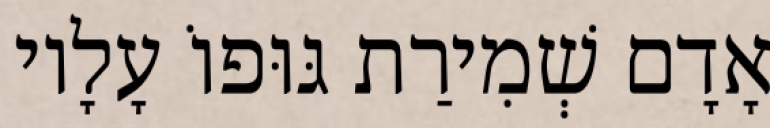
אָדָם שְׁמִירַת גּוּפוֹ עָלָיו